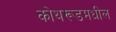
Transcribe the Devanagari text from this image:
कोथरूडमधील